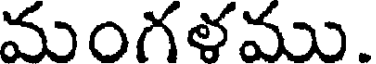
మంగళము.